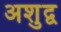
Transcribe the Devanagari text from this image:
अशुद्व